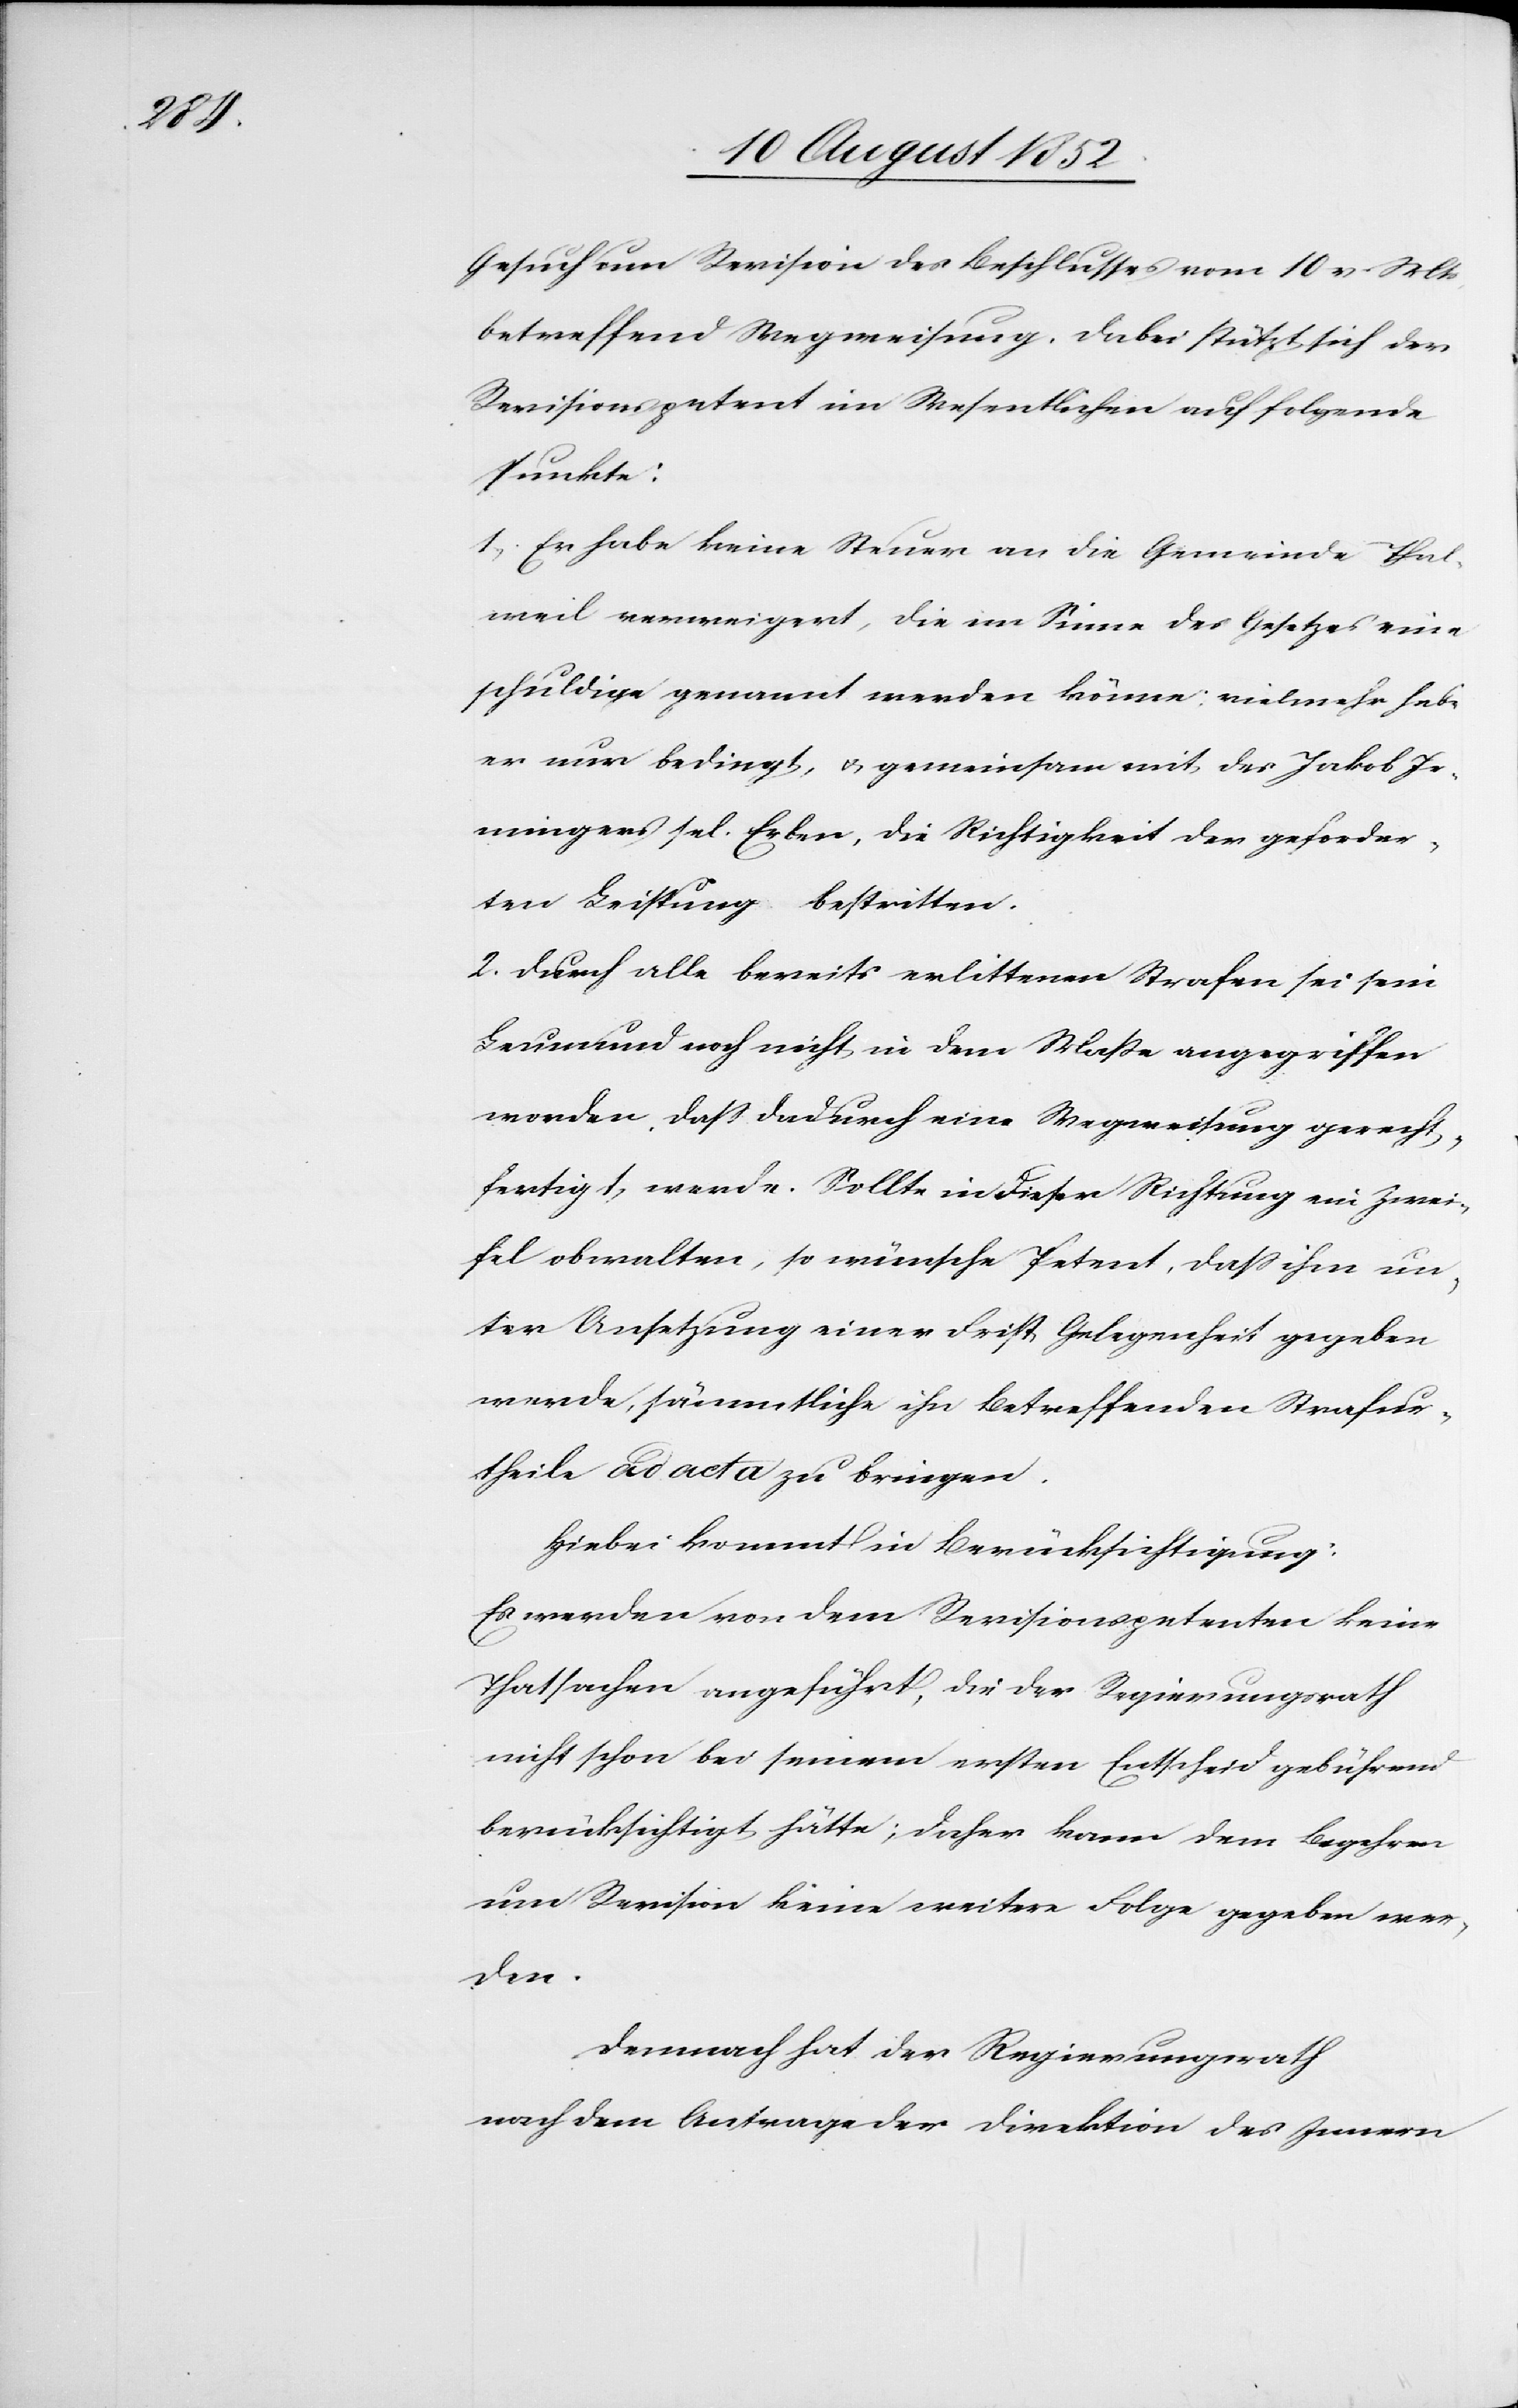
Gesuch um Revision des Beschlusses vom 10 v. Mts,
betreffend Wegweisung. Dabei stützt sich der
Revisionspetent im Wesentlichen auf folgende
Punkte:
1, Er habe keine Steuer an die Gemeinde Thal¬
weil verweigert, die im Sinne des Gesetzes eine
schuldige genannt werden könne; vielmehr habe
er nur bedingt, & gemeinsam mit des Jakob Ir¬
mingers sel. Erben, die Richtigkeit der geforder¬
ten Leistung bestritten.
2. Durch alle bereits erlittenen Strafen sei sein
Leumund noch nicht in dem Maße angegriffen
worden, dass dadurch eine Wegweisung gerecht¬
fertigt werde. Sollte in dieser Richtung ein Zwei¬
fel obwalten, so wünsche Petent, dass ihm un¬
ter Ansetzung einer Frist Gelegenheit gegeben
werde, sämmtliche ihn Betreffenden [sic!] Strafur¬
theile ad acta zu bringen.
Hiebei kommt in Berücksichtigung:
Es werden von dem Revisionspetenten keine
Thatsachen angeführt, die der Regierungsrath
nicht schon bei seinem ersten Entscheid gebührend
berücksichtigt hätte; daher kann dem Begehren
um Revision keine weitere Folge gegeben wer¬
den.
Demnach hat der Regierungsrath
nach dem Antrage der Direktion des Innern